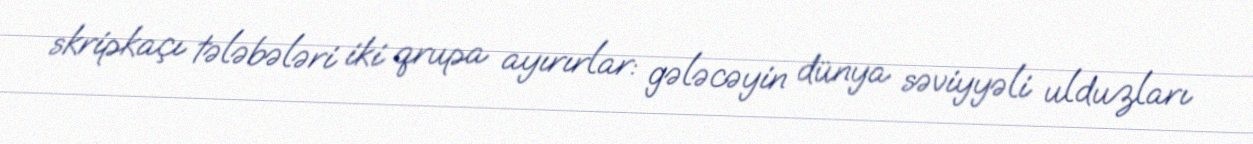
skripkaçı tələbələri iki qrupa ayırırlar: gələcəyin dünya səviyyəli ulduzları